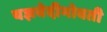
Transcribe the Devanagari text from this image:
यज्ञवेदीभोवती